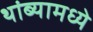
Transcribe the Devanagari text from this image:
थांब्यामध्ये